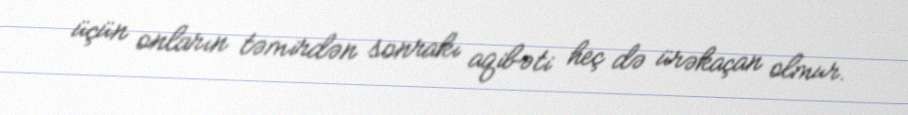
üçün onların təmirdən sonrakı aqibəti heç də ürəkaçan olmur.